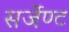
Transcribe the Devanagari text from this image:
सर्जेण्ट